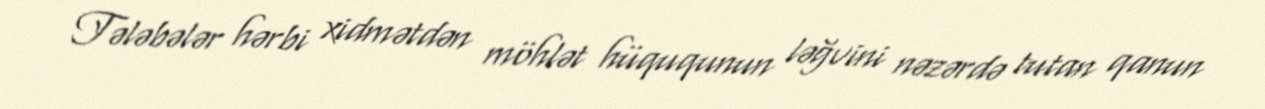
Tələbələr hərbi xidmətdən möhlət hüququnun ləğvini nəzərdə tutan qanun